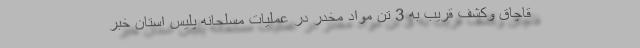
قاچاق وکشف قریب به 3 تن مواد مخدر در عملیات مسلحانه پلیس استان خبر